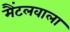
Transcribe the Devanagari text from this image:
मैंटलवाला